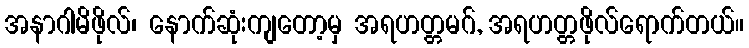
အနာဂါမိဖိုလ်၊ နောက်ဆုံးကျတော့မှ အရဟတ္တမဂ်, အရဟတ္တဖိုလ်ရောက်တယ်။